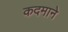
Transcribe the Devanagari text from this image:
कदमाने